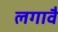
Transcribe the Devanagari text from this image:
लगावैं